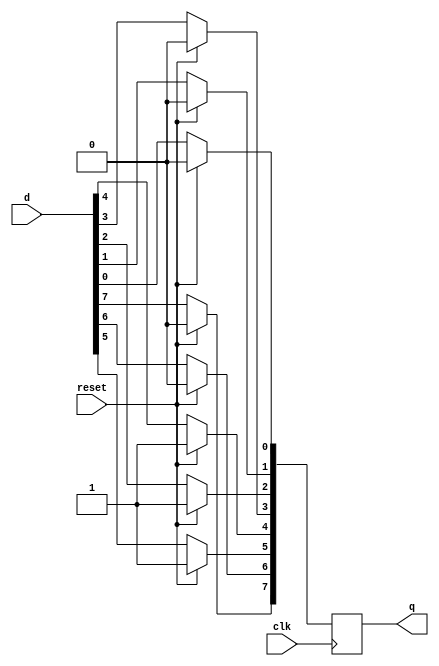
module top_module (
    input clk,
    input reset,            // Synchronous reset
    input [7:0] d,
    output [7:0] q
);
    
    always @ (negedge clk) begin
        if (reset) begin
            q = 8'h34;
        end
        else begin
            q[0] <= d[0];
            q[1] <= d[1];
            q[2] <= d[2];
            q[3] <= d[3];
            q[4] <= d[4];
            q[5] <= d[5];
            q[6] <= d[6];
            q[7] <= d[7];
        end
    end
    

endmodule